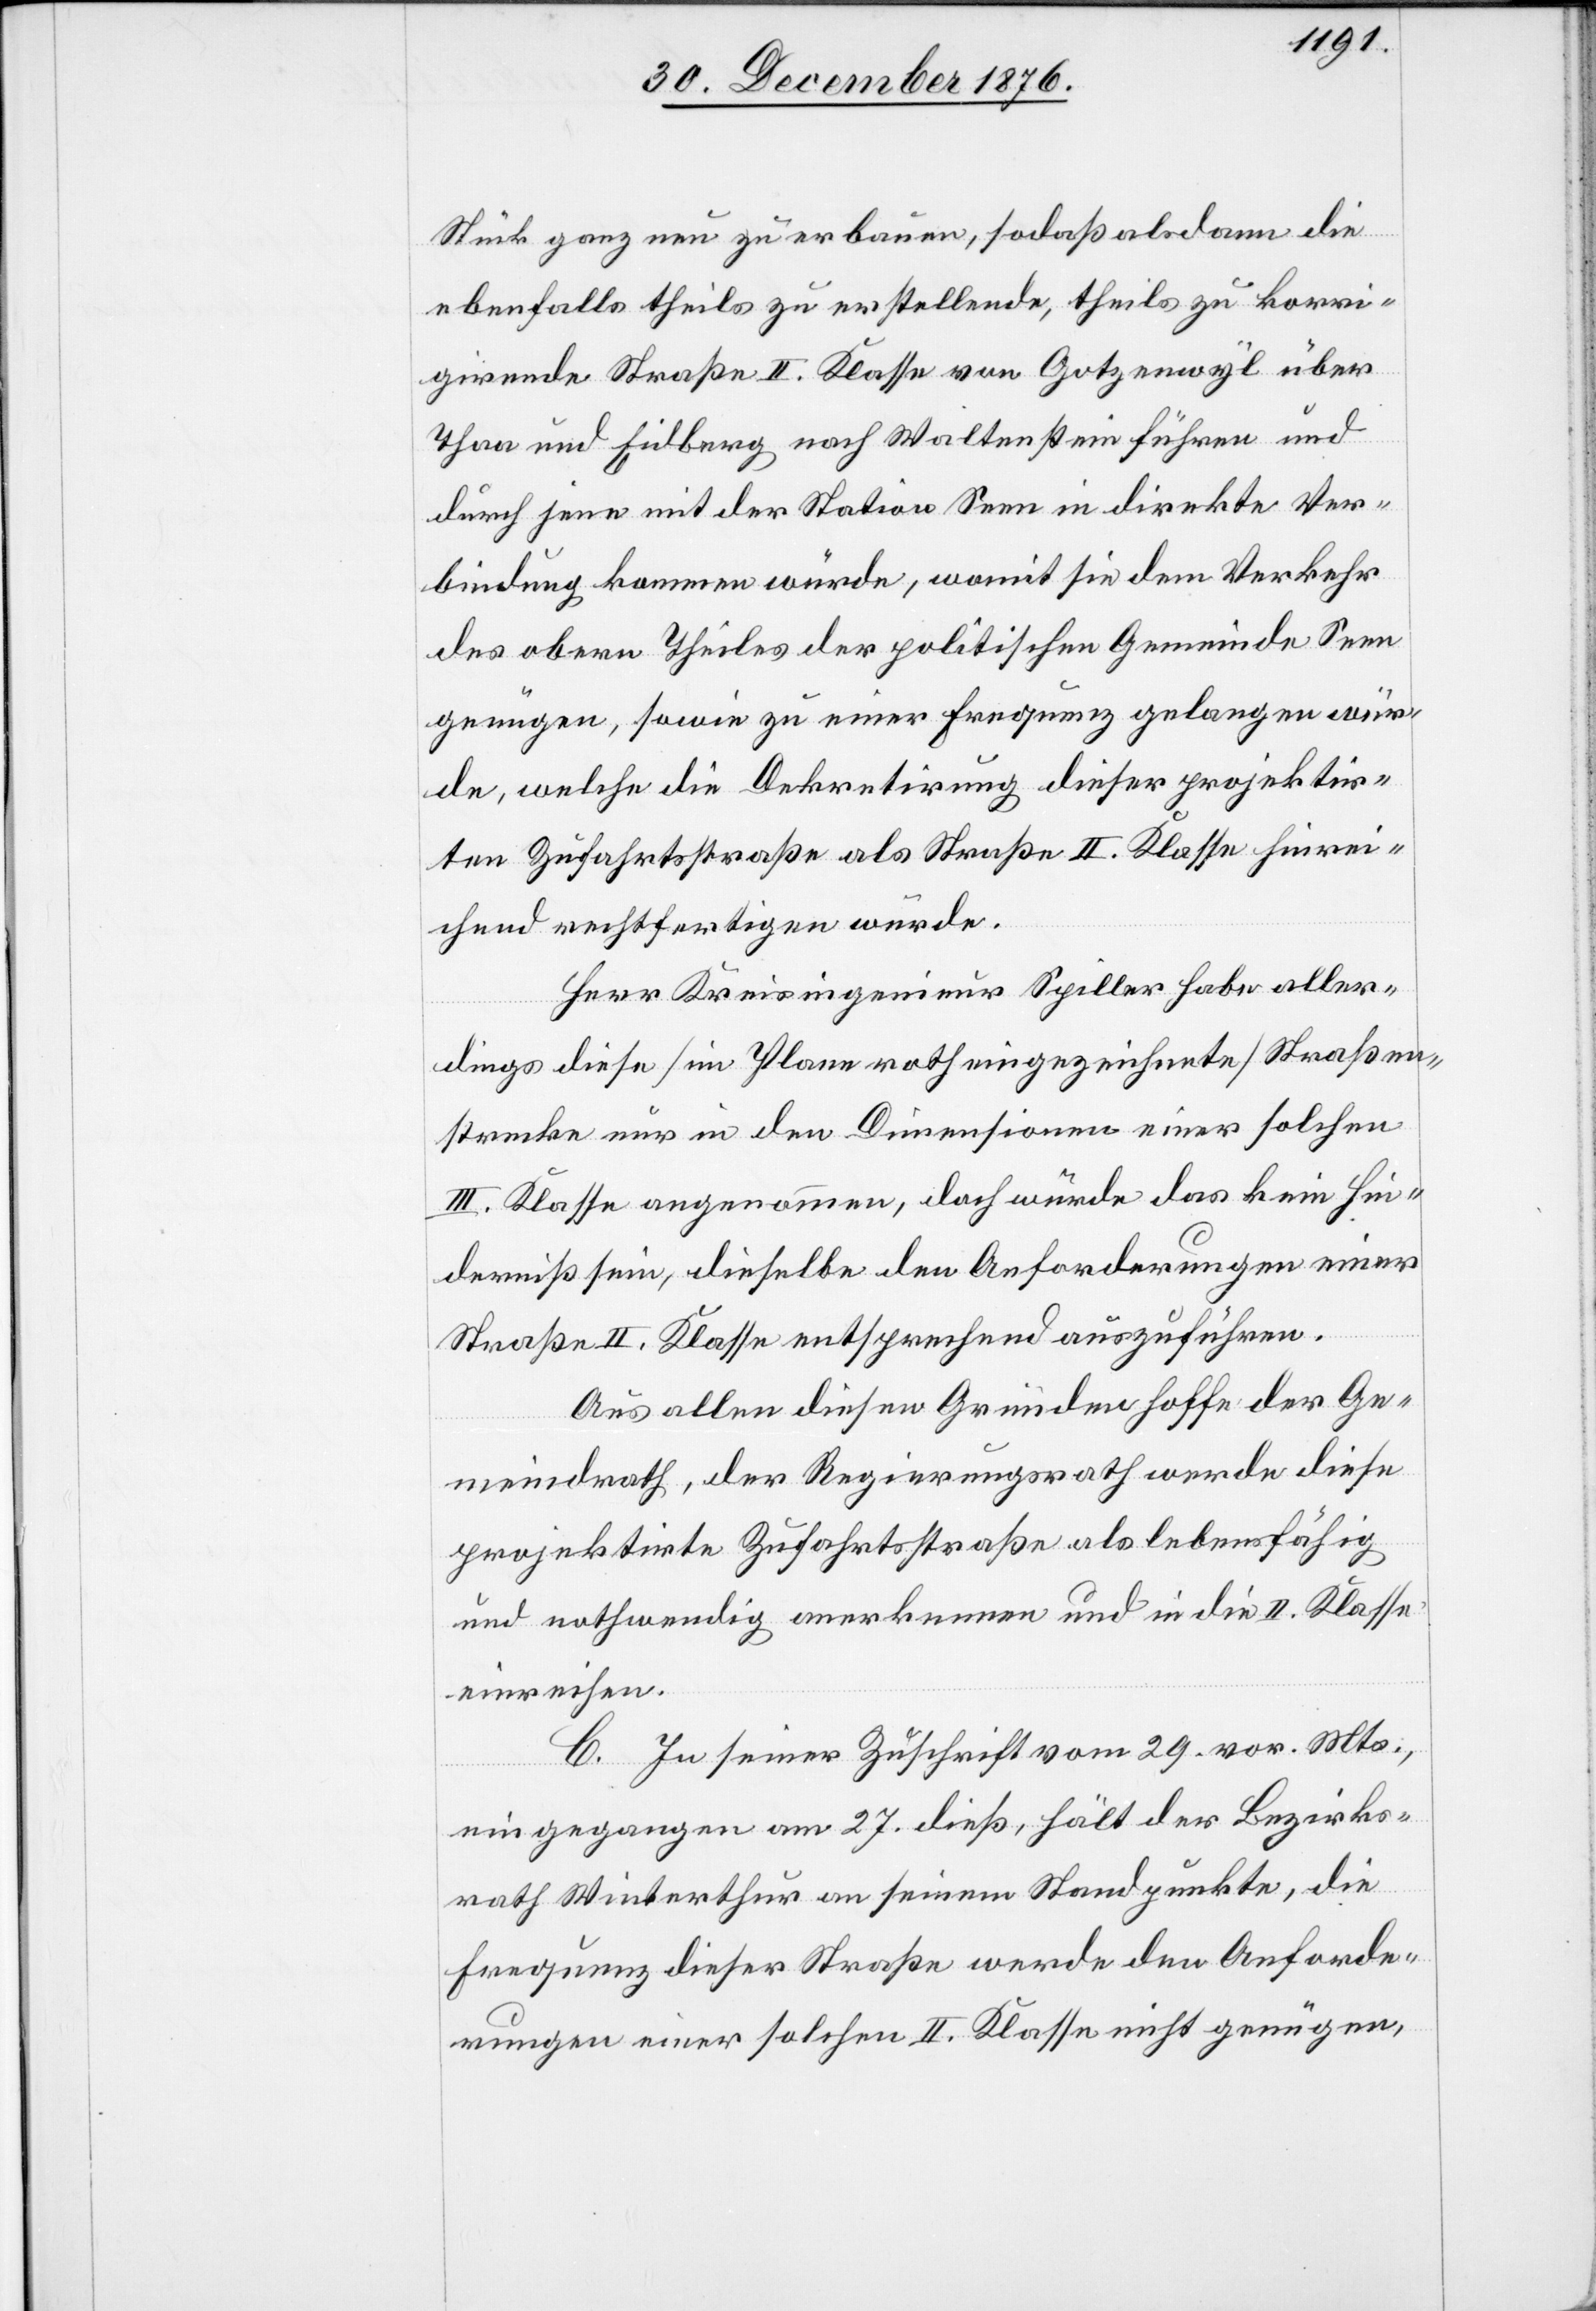
Stück ganz neu zu erbauen, sodaß alsdann die
ebenfalls theils zu erstellende, theils zu korri¬
girende Straße II. Klasse von Gotzenwyl über
Thaa und Eidberg nach Waltenstein führen und
durch jene mit der Station Seen in direkte Ver¬
bindung kommen würde, womit sie dem Verkehr
des obern Theiles der politischen Gemeinde Seen
genügen, sowie zu einer Frequenz gelangen wür¬
de, welche die Dekretirung dieser projektir¬
ten Zufahrtsstraße als Straße II. Klasse hinrei¬
chend rechtfertigen würde.
Herr Kreisingenieur Spiller habe aller¬
dings diese [im Plane notheingezeichnete] Straßen¬
strecke nur in den Dimensionen einer solchen
III. Klasse angenommen, doch würde das kein Hin¬
derniß sein, dieselbe den Anforderungen einer
Straße II. Klasse entsprechend auszuführen.
Aus allen diesen Gründen hoffe der Ge¬
meindrath, der Regierungsrath werde diese
projektierte Zufahrtsstraße als lebensfähig
und nothwendig anerkennen und in die II. Klasse
einreihen.
C. In seiner Zuschrift vom 29. vor. Mts.,
eingegangen am 27. dieß, hält der Bezirks¬
rath Winterthur an seinem Standpunkte, die
Frequenz dieser Straße werde den Anforde¬
rungen einer solchen II. Klasse nicht genügen,